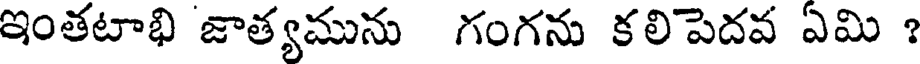
ఇంతటాభి జాత్యమును గంగను కలిపెదవ ఏమి ?